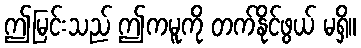
ဤမြင်းသည် ဤကမူကို တက်နိုင်ဖွယ် မရှိ။